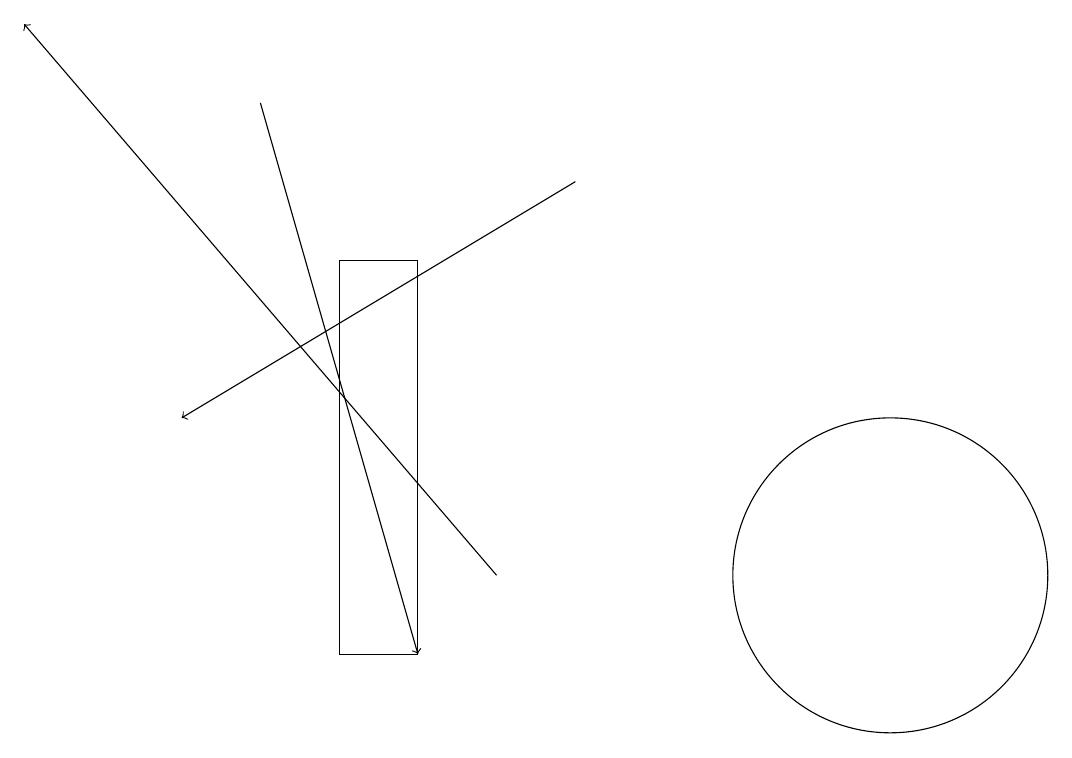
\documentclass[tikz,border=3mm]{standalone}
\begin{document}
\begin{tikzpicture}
\draw[->] (6,11) -- (0,18);
\draw (5,15) rectangle (4,10);
\draw[->] (7,16) -- (2,13);
\draw[->] (3,17) -- (5,10);
\draw (11,11) circle (2);
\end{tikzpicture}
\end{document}